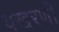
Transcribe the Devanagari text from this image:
वखरणी